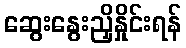
ဆွေးနွေးညှိနှိုင်းရန်